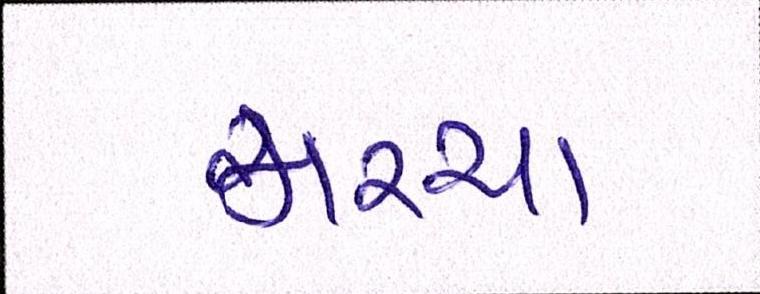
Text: મરચા